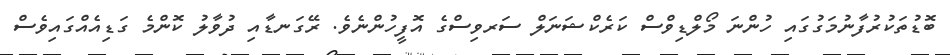
ބޮޑުތަކުރުފާނުމަގުގައި ހުންނަ މޯލްޑިވްސް ކަރެކްޝަނަލް ސަރވިސްގެ އޮފީހުންނެވެ. ރޭގަނޑާއި ދުވާލު ކޮންމެ ގަޑިއެއްގައިވެސް